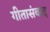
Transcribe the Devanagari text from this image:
गीतासंवाद